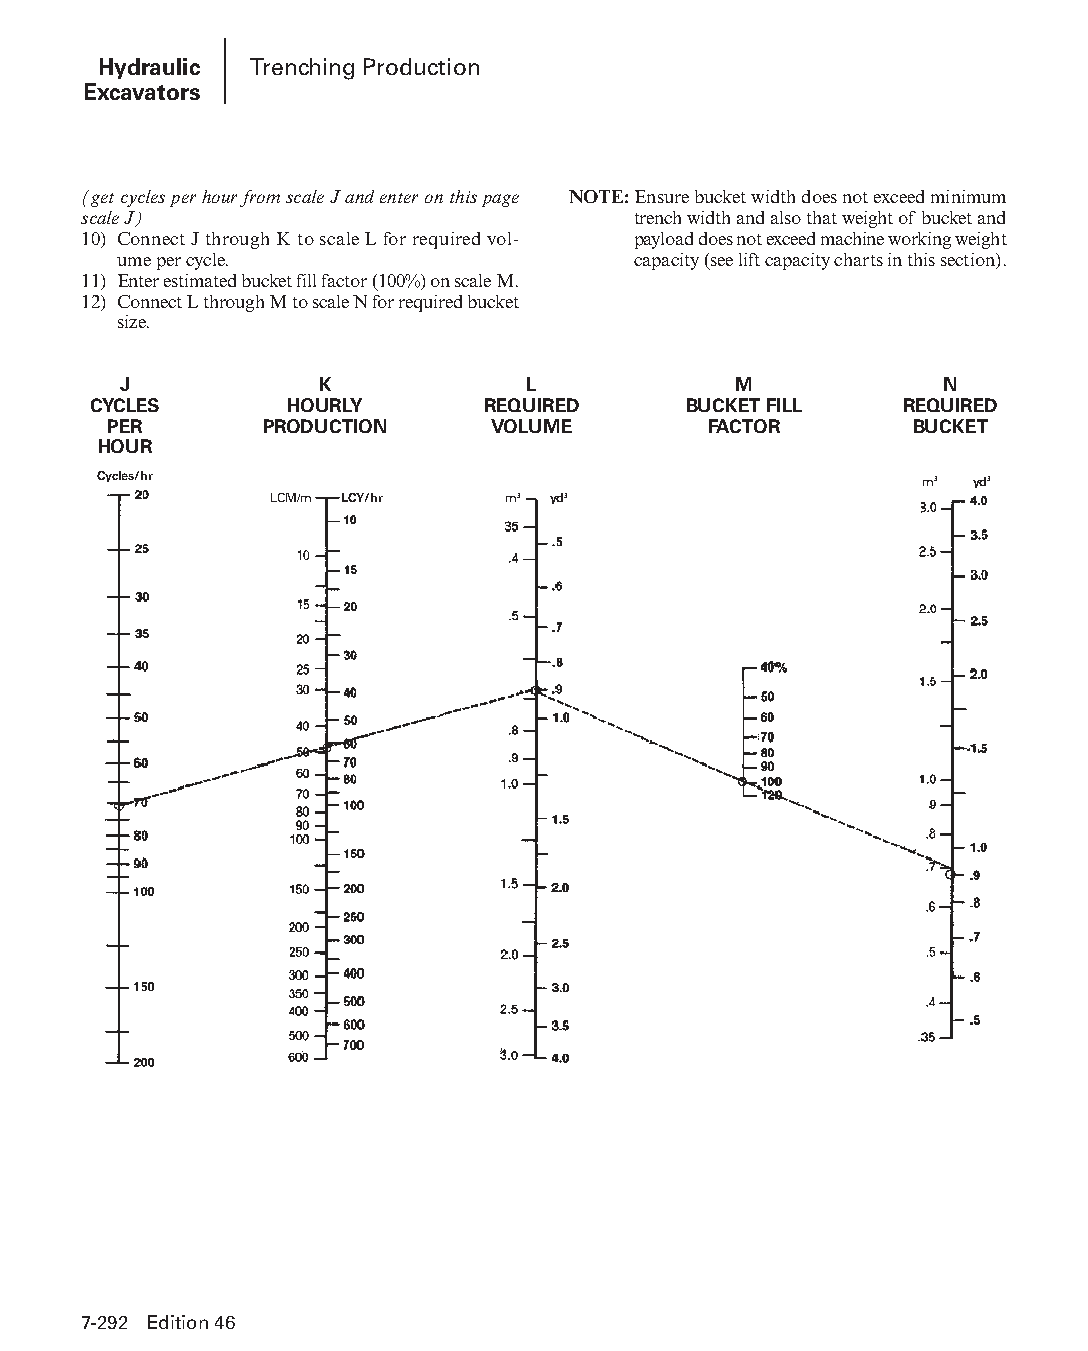
Hydraulic Trenching Production
 Excavators
 (get cycles per hour from scale J and enter on this page NOTE: Ensure bucket width does not exceed minimum
 scale J)                            trench width and also that weight of bucket and
 10) Connect J through K to scale L for required vol- payload does not exceed machine working weight
 ume per cycle.                    capacity (see lift capacity charts in this section).
 11) Enter estimated bucket fill factor (100%) on scale M.
 12) Connect L through M to scale N for required bucket
 size.
 J            K             L             M             N
 CYCLES       HOURLY       REQUIRED      BUCKET FILL   REQUIRED
 PER        PRODUCTION     VOLUME        FACTOR        BUCKET
 HOUR
 Cycles/hr                                             m3  yd3
 LCM/m LCY/hr    m3 yd3
 7-292 Edition 46
 PPHHBB--SSeecc0077--HHyyddrraauulliiccEExxccaavvaattoorrss((ppgg224433--229944))..iinndddd 229922 1122//44//1155 1100::3388 AAMM